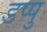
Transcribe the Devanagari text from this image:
डप्पु